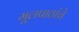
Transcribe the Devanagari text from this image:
मूलपाठांचे